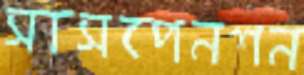
সাসপেনশন